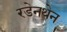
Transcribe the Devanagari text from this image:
रडेनथेन